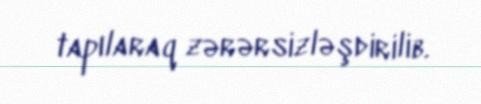
tapılaraq zərərsizləşdirilib.